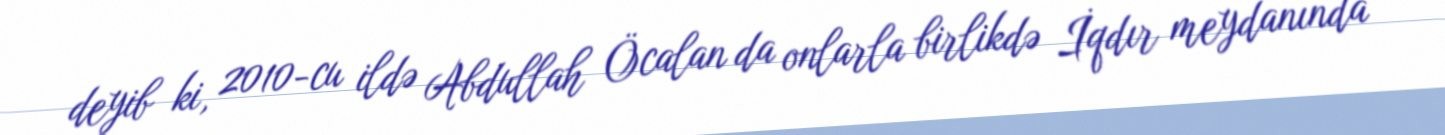
deyib ki, 2010-cu ildə Abdullah Öcalan da onlarla birlikdə İqdır meydanında